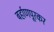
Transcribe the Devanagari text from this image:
बर्हाणपूरकर